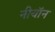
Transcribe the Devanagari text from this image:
नीयॉन